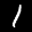
Label: 1